Vaccination in Bombay 1902-1912 - 1902-1912
Year: 1902
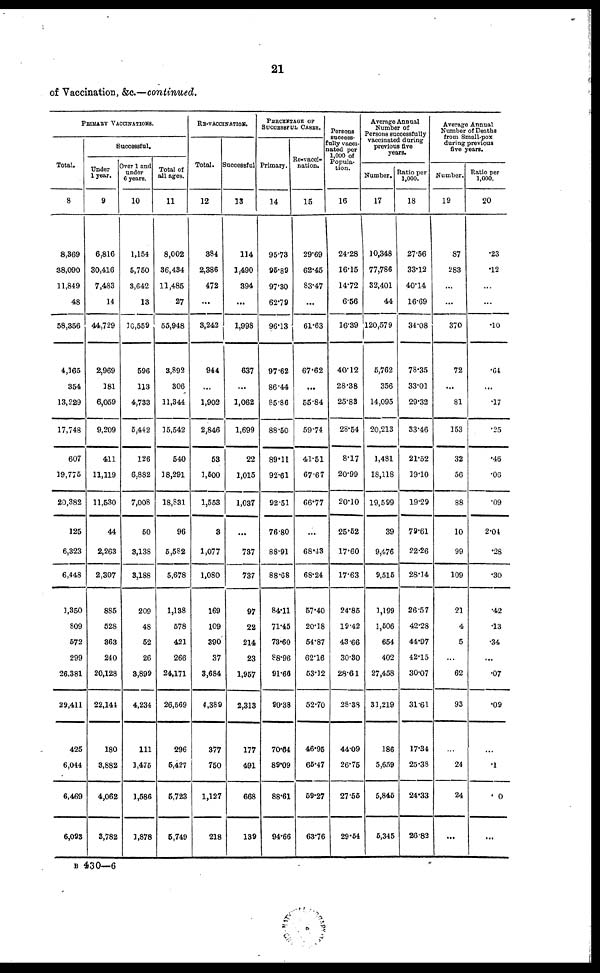
21
of Vaccination, &c.—continued.
PRIMARY VACCINATIONS.
Total.
8
8,369
38,090
11,849
48
58,356
4,165
354
13,229
17,748
607
19,775
20,382
125
6,323
6,448
1,350
809
572
299
26,381
29,411
425
6,044
6,469
6,093
Successful.
Under
1 year.
9
6,816
30,416
7,483
14
44,729
2,969
181
6,059
9,209
411
11,119
11,530
44
2,263
2,307
885
528
363
240
20,128
22,144
180
3,882
4,062
3,782
Over 1 and
under
6 years.
10
1,154
5,750
3,642
13
10,559
596
113
4,733
5,442
126
6,882
7,008
50
3,138
3,188
209
48
52
26
3,899
4,234
111
1,475
1,586
1,878
Total of
all ages.
11
8,002
36,434
11,485
27
55,948
3,892
306
11,344
15,542
540
18,291
18,831
96
5,582
5,678
1,138
578
421
266
24,171
26,569
296
5,427
5,723
5,749
RE-VACCINATION.
Total.
12
384
2,386
472
...
3,242
944
...
1,902
2,846
53
1,500
1,553
3
1,077
1,080
169
109
390
37
3,684
4,389
377
750
1,127
218
Successful
13
114
1,490
394
...
1,998
637
...
1,062
1,699
22
1,015
1,037
...
737
737
97
22
214
23
1,957
2,313
177
491
668
139
PERCENTAGE OF
SUCCESSFUL CASES.
Primary.
14
95.73
95.89
97.30
62.79
96.13
97.62
86.44
85.86
88.50
89.11
92.61
92.51
76.80
88.91
88.68
84.11
71.45
73.60
88.96
91.66
90.38
70.64
89.09
88.61
94.66
Re-vacci¬
nation.
15
29.69
62.45
83.47
...
61.63
67.62
...
55.84
59.74
41.51
67.67
66.77
...
68.43
68.24
57.40
20.18
54.87
62.16
53.12
52.70
46.95
65.47
59.27
63.76
Persons
success¬
fully vacci¬
nated per
1,000 of
Popula¬
tion.
16
24.28
16.15
14.72
6.56
16.39
40.12
28.38
25.83
28.54
8.17
20.99
20.10
25.52
17.60
17.63
24.85
19.42
43.66
30.30
28.61
28.38
44.09
26.75
27.56
29.64
Average Annual
Number of
Persons successfully
vaccinated during
previous five
years.
Number.
17
10,348
77,786
32,401
44
120,579
5,762
356
14,095
20,213
1,481
18,118
19,599
39
9,476
9,515
1,199
1,506
654
402
27,458
31,219
186
5,659
5,845
5,345
Ratio per
1,000.
18
27.56
33.12
40.14
16.69
34.08
78.35
33.01
29.32
33.46
21.52
19.10
19.29
79.61
22.26
28.34
26.57
42.28
44.97
42.15
30.07
31.61
17.34
25.38
24.33
26.82
Average Annual
Number of Deaths
from Small-pox
during previous
five years.
Number.
19
87
283
...
...
370
72
...
81
153
32
56
88
10
99
109
21
4
5
...
62
93
...
24
24
...
Ratio per
1,000.
20
.23
.12
...
...
.10
.64
...
.17
.25
.46
.06
.09
2.04
.28
.30
.42
.13
.34
...
.07
.09
...
.1
0
...
B 430—6